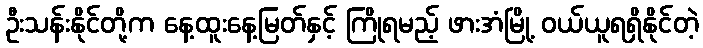
ဦးသန်းနိုင်တို့က နေ့ထူးနေ့မြတ်နှင့် ကြိုရမည့် ဖားအံမြို့ ဝယ်ယူရရှိနိုင်တဲ့